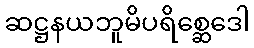
ဆဋ္ဌနယဘူမိပရိစ္ဆေဒေါ